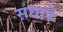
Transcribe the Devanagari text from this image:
सधारें